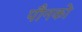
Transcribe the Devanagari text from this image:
पौनको